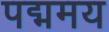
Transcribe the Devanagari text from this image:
पद्ममय